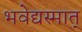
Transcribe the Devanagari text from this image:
भवेद्यस्मात्